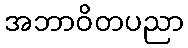
အဘာဝိတပညာ